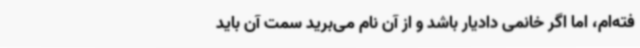
فته‌ام، اما اگر خانمی دادیار باشد و از آن نام می‌برید سمت آن باید